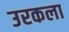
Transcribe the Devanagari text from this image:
उरकला